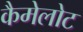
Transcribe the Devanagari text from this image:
कैमेलोट